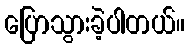
ပြောသွားခဲ့ပါတယ်။